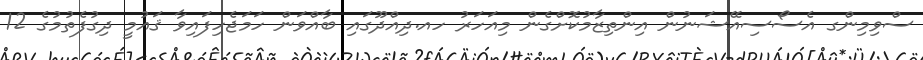
ސްވިމިންގ އެސޯސިއޭޝަނުން އިންތިޒާމުކޮށްގެން މިއަހަރު ހއ.ދިއްދޫގައި ބާއްވަން ހަމަޖެހިފައިވާ ޤައުމީ ދިގުފެތުމުގެ 12